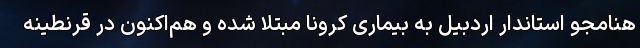
هنامجو استاندار اردبیل به بیماری کرونا مبتلا شده و هم‌اکنون در قرنطینه